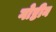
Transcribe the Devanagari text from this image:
गोष्टीन